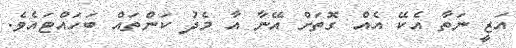
އަޒީ ނަތާ އެކޭ އެއް ގޮތަށް އޭނާ އާ މެދު ކަންތައް ބަހައްޓައެވެ.